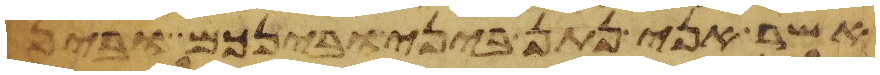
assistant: אשר אני נתן ביני ובינכם ובין